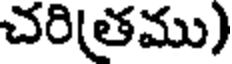
చరి(తము)